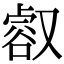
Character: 㕡